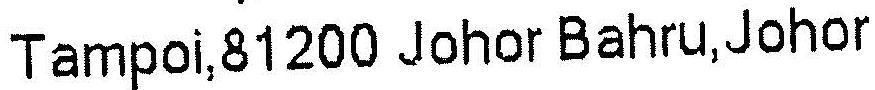
TAMPOI,81200 JOHOR BAHRU,JOHOR